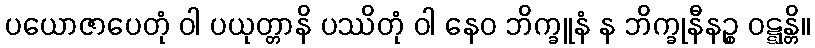
ပယောဇာပေတုံ ဝါ ပယုတ္တာနိ ပဿိတုံ ဝါ နေဝ ဘိက္ခူနံ န ဘိက္ခုနီနဉ္စ ဝဋ္ဋန္တိ။